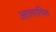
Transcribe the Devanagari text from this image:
आलापित